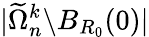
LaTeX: |\widetilde\Omega_{n}^{k}\backslash B_{R_{0}}(0)|